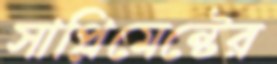
সাপ্লিমেন্টের